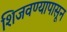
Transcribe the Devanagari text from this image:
शिजवण्यापासून